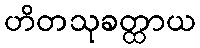
ဟိတသုခတ္ထာယ